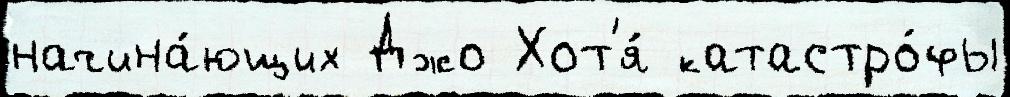
начина́ющих Джо Хот'я́ катастро́фы